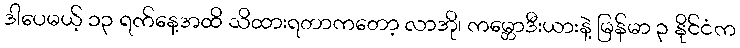
ဒါပေမယ့် ၁၃ ရက်နေ့အထိ သိထားရတာကတော့ လာအို၊ ကမ္ဘောဒီးယားနဲ့ မြန်မာ ၃ နိုင်ငံက